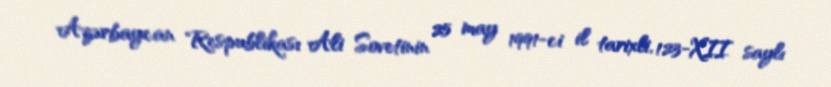
Azərbaycan Respublikası Ali Sovetinin 25 may 1991-ci il tarixli, 123-XII saylı